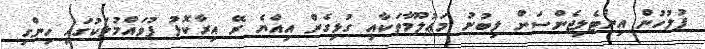
ފުލުހުން އިންޓެލިޖެންސަށް ލިބުނު މަޢުލޫމާތަކާއި ގުޅިގެން އިއްޔެ ރޭ އިރާކޮޅު ފުވައްމުލަކުގައި ހިންގި